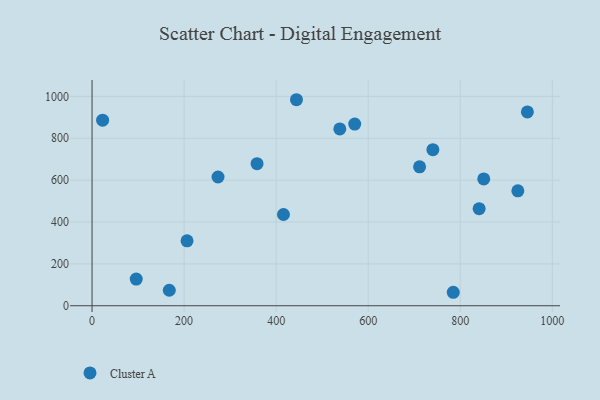
{"axis": {"x": "Experience", "y": "Sales"}, "legend": ["Cluster A"], "data": [{"x": "538.3", "y": 844.8, "type": "Cluster A"}, {"x": "206.4", "y": 310.1, "type": "Cluster A"}, {"x": "925.1", "y": 548.9, "type": "Cluster A"}, {"x": "851.0", "y": 605.7, "type": "Cluster A"}, {"x": "740.5", "y": 745.6, "type": "Cluster A"}, {"x": "784.8", "y": 64.3, "type": "Cluster A"}, {"x": "415.9", "y": 435.8, "type": "Cluster A"}, {"x": "945.8", "y": 925.6, "type": "Cluster A"}, {"x": "444.1", "y": 984.1, "type": "Cluster A"}, {"x": "273.7", "y": 615.0, "type": "Cluster A"}, {"x": "96.0", "y": 127.2, "type": "Cluster A"}, {"x": "711.6", "y": 663.7, "type": "Cluster A"}, {"x": "358.5", "y": 678.6, "type": "Cluster A"}, {"x": "23.0", "y": 886.4, "type": "Cluster A"}, {"x": "841.0", "y": 463.7, "type": "Cluster A"}, {"x": "570.7", "y": 867.6, "type": "Cluster A"}, {"x": "167.8", "y": 74.0, "type": "Cluster A"}]}